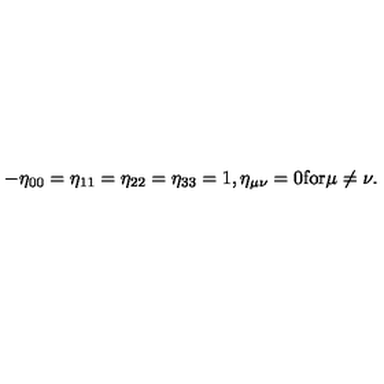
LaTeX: - \eta _ { 0 0 } = \eta _ { 1 1 } = \eta _ { 2 2 } = \eta _ { 3 3 } = 1 , \eta _ { \mu \nu } = 0 \mathrm { f o r } \mu \neq \nu .